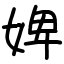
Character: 婢